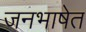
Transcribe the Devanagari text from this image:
जनभाषेत